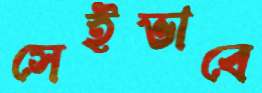
সেইভাবে